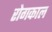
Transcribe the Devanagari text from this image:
रोगकाल